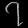
Digit: ၇